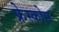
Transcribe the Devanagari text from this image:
फ्रेस्कोस